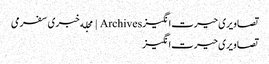
تصاویری حیرت‌انگیز Archives | مجله خبری سفرمی
تصاویری حیرت‌انگیز